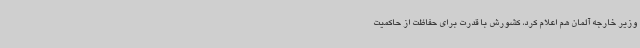
وزیر خارجه آلمان هم اعلام کرد، کشورش با قدرت برای حفاظت از حاکمیت